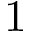
1